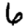
Digit: 6